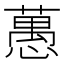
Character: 𦽳